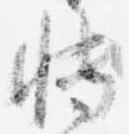
博